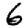
Digit: 6